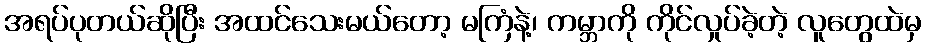
အရပ်ပုတယ်ဆိုပြီး အထင်သေးမယ်တော့ မကြံနဲ့၊ ကမ္ဘာကို ကိုင်လှုပ်ခဲ့တဲ့ လူတွေထဲမှ